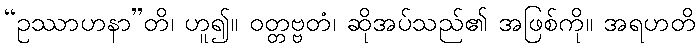
“ဥဿာဟနာ”တိ၊ ဟူ၍။ ဝတ္တဗ္ဗတံ၊ ဆိုအပ်သည်၏ အဖြစ်ကို။ အရဟတိ